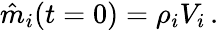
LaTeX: \hat{m}_{i}(t=0)=\rho_{i}V_{i}\, .